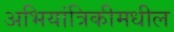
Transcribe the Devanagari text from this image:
अभियांत्रिकीमधील